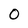
Character: O